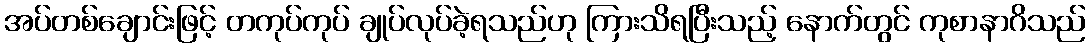
အပ်တစ်ချောင်းဖြင့် တကုပ်ကုပ် ချုပ်လုပ်ခဲ့ရသည်ဟု ကြားသိရပြီးသည့် နောက်တွင် ကုစာနာဂိသည်